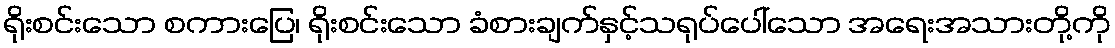
ရိုးစင်းသော စကားပြေ၊ ရိုးစင်းသော ခံစားချက်နှင့်သရုပ်ပေါ်သော အရေးအသားတို့ကို